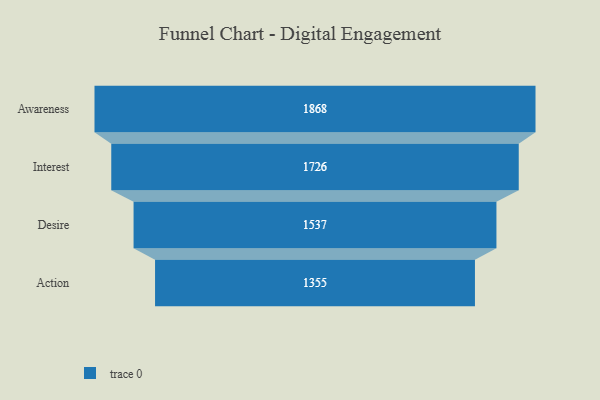
{"axis": {"x": "Stage", "y": "Value"}, "legend": [""], "data": [{"x": "Awareness", "y": 1868.0, "type": ""}, {"x": "Interest", "y": 1726.0, "type": ""}, {"x": "Desire", "y": 1537.0, "type": ""}, {"x": "Action", "y": 1355.0, "type": ""}]}